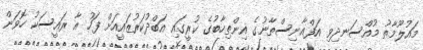
މައުލޫމާތު މުއްސަނދިވި އަފްޣާނިސްތާނުގެ އިންތިހާބުގެ ކުރީގައި އަބްދުކަރުޒައީއަށް ފަހު އާ ރައީސަކު ހޮވަން